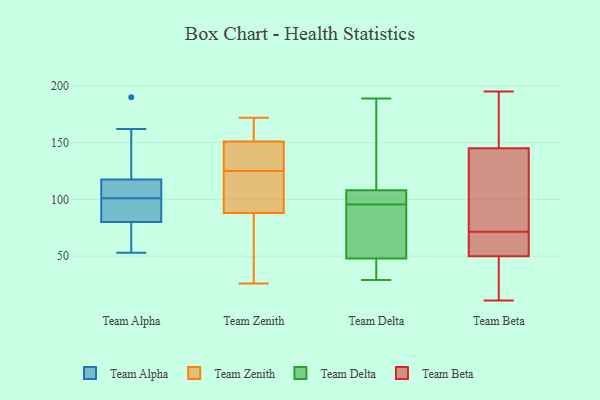
{"axis": {"x": "LTV (USD)", "y": "Value"}, "legend": ["Team Alpha", "Team Beta", "Team Delta", "Team Zenith"], "data": [{"x": "", "y": 190, "type": "Team Alpha"}, {"x": "", "y": 114, "type": "Team Alpha"}, {"x": "", "y": 162, "type": "Team Alpha"}, {"x": "", "y": 53, "type": "Team Alpha"}, {"x": "", "y": 121, "type": "Team Alpha"}, {"x": "", "y": 99, "type": "Team Alpha"}, {"x": "", "y": 92, "type": "Team Alpha"}, {"x": "", "y": 76, "type": "Team Alpha"}, {"x": "", "y": 104, "type": "Team Alpha"}, {"x": "", "y": 103, "type": "Team Alpha"}, {"x": "", "y": 99, "type": "Team Alpha"}, {"x": "", "y": 63, "type": "Team Alpha"}, {"x": "", "y": 84, "type": "Team Alpha"}, {"x": "", "y": 137, "type": "Team Alpha"}, {"x": "", "y": 105, "type": "Team Alpha"}, {"x": "", "y": 76, "type": "Team Alpha"}, {"x": "", "y": 151, "type": "Team Zenith"}, {"x": "", "y": 145, "type": "Team Zenith"}, {"x": "", "y": 87, "type": "Team Zenith"}, {"x": "", "y": 115, "type": "Team Zenith"}, {"x": "", "y": 26, "type": "Team Zenith"}, {"x": "", "y": 88, "type": "Team Zenith"}, {"x": "", "y": 152, "type": "Team Zenith"}, {"x": "", "y": 172, "type": "Team Zenith"}, {"x": "", "y": 117, "type": "Team Zenith"}, {"x": "", "y": 133, "type": "Team Zenith"}, {"x": "", "y": 108, "type": "Team Delta"}, {"x": "", "y": 48, "type": "Team Delta"}, {"x": "", "y": 90, "type": "Team Delta"}, {"x": "", "y": 57, "type": "Team Delta"}, {"x": "", "y": 105, "type": "Team Delta"}, {"x": "", "y": 163, "type": "Team Delta"}, {"x": "", "y": 133, "type": "Team Delta"}, {"x": "", "y": 189, "type": "Team Delta"}, {"x": "", "y": 32, "type": "Team Delta"}, {"x": "", "y": 54, "type": "Team Delta"}, {"x": "", "y": 101, "type": "Team Delta"}, {"x": "", "y": 101, "type": "Team Delta"}, {"x": "", "y": 38, "type": "Team Delta"}, {"x": "", "y": 29, "type": "Team Delta"}, {"x": "", "y": 35, "type": "Team Delta"}, {"x": "", "y": 139, "type": "Team Delta"}, {"x": "", "y": 101, "type": "Team Delta"}, {"x": "", "y": 87, "type": "Team Delta"}, {"x": "", "y": 181, "type": "Team Beta"}, {"x": "", "y": 57, "type": "Team Beta"}, {"x": "", "y": 100, "type": "Team Beta"}, {"x": "", "y": 195, "type": "Team Beta"}, {"x": "", "y": 15, "type": "Team Beta"}, {"x": "", "y": 114, "type": "Team Beta"}, {"x": "", "y": 32, "type": "Team Beta"}, {"x": "", "y": 170, "type": "Team Beta"}, {"x": "", "y": 73, "type": "Team Beta"}, {"x": "", "y": 150, "type": "Team Beta"}, {"x": "", "y": 70, "type": "Team Beta"}, {"x": "", "y": 62, "type": "Team Beta"}, {"x": "", "y": 56, "type": "Team Beta"}, {"x": "", "y": 58, "type": "Team Beta"}, {"x": "", "y": 11, "type": "Team Beta"}, {"x": "", "y": 159, "type": "Team Beta"}, {"x": "", "y": 26, "type": "Team Beta"}, {"x": "", "y": 140, "type": "Team Beta"}, {"x": "", "y": 79, "type": "Team Beta"}, {"x": "", "y": 44, "type": "Team Beta"}]}